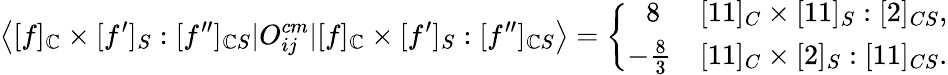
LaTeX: \left<[f]_{\mathbb{C}}\times[f^{\prime}]_{S}:[f^{\prime\prime}]_{\mathbb{C}S}|O_{ij}^{cm}|[f]_{\mathbb{C}}\times[f^{\prime}]_{S}:[f^{\prime\prime}]_{\mathbb{C}S}\right>=\left\{ \begin{array}{cl}{{\ 8}}&{{[11]_{C}\times[11]_{S}:[2]_{CS},}}\\ {{-\frac{8}{3}}}&{{[11]_{C}\times[2]_{S}:[11]_{CS}.}}\end{array}\right.